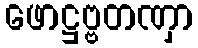
ဖောဋ္ဌဗ္ဗတဏှာ